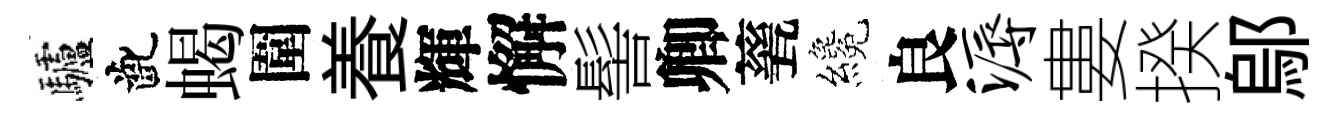
驢齔蝎圍養輝懈髻卿甆纔良溽婁揆鄔